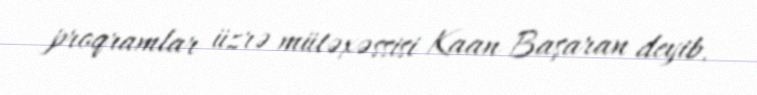
proqramlar üzrə mütəxəssisi Kaan Başaran deyib.